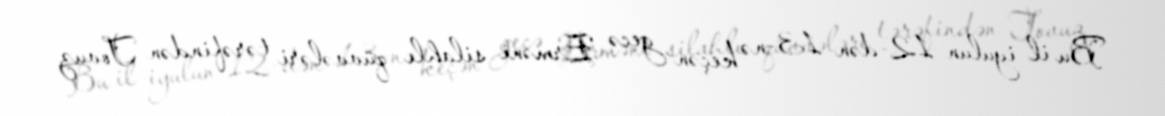
Bu il iyulun 12-dən 13-nə keçən gecə Erməni silahlı qüvvələri tərəfindən Tovuz